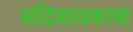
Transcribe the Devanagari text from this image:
सदिशावकाश